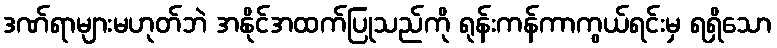
ဒဏ်ရာများမဟုတ်ဘဲ အနိုင်အထက်ပြုသည်ကို ရုန်းကန်ကာကွယ်ရင်းမှ ရရှိသော